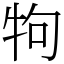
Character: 𤘽